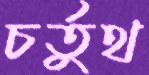
চর্তুথ